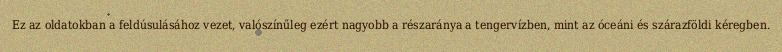
Ez az oldatokban a feldúsulásához vezet, valószínűleg ezért nagyobb a részaránya a tengervízben, mint az óceáni és szárazföldi kéregben.